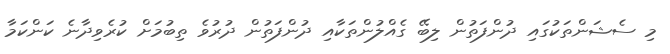
މި ސެޝަންތަކުގައި ދުންފަތުން ލިބޭ ގެއްލުންތަކާއި ދުންފަތުން ދުރުވެ ތިބުމަށް ކުރެވިދާނެ ކަންކަމާ